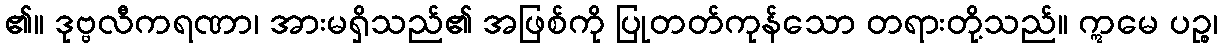
၏။ ဒုဗ္ဗလီကရဏာ၊ အားမရှိသည်၏ အဖြစ်ကို ပြုတတ်ကုန်သော တရားတို့သည်။ ဣမေ ပဉ္စ၊